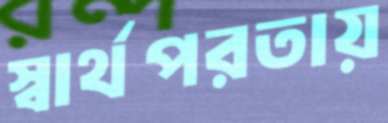
স্বার্থপরতায়